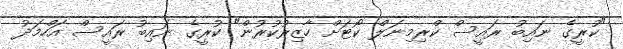
"ކުރީގެ ނައިބު ރައީސް ކްރިމިނަލް ކޯޓަށް ހާޒިރުކުރުން" ކުރީގެ ނައިބު ރައީސް އަހްމަދު